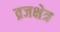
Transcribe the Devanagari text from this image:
व्रजक्षेत्र